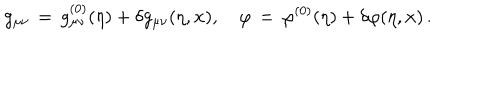
LaTeX: g _ { \mu \nu } \, = \, g _ { \mu \nu } ^ { ( 0 ) } ( \eta ) + \delta g _ { \mu \nu } ( \eta , { \bf x } ) , \quad \varphi \, = \, \varphi ^ { ( 0 ) } ( \eta ) + \delta \varphi ( \eta , { \bf x } ) \, .